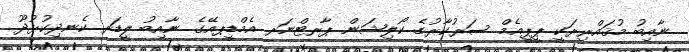
ނާއިބު މުޤައްރިރަކީ ޕީޕީއެމް ސަރުކާރުގެ ކޯލިޝަން ޕާރޓްނަރ އެމްޑީޕއޭގެ ނާއިބު ލީޑަރ ކެނދިކުޅުދޫ